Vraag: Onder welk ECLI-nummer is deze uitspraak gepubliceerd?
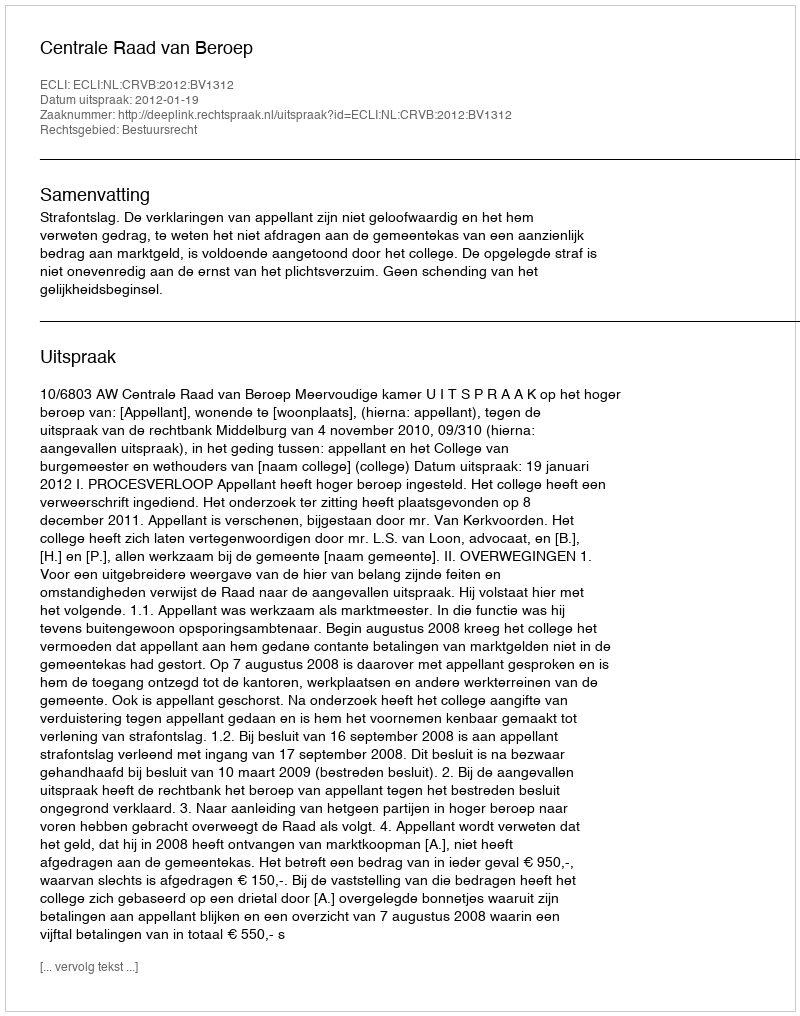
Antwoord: ECLI:NL:CRVB:2012:BV1312